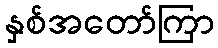
နှစ်အတော်ကြာ